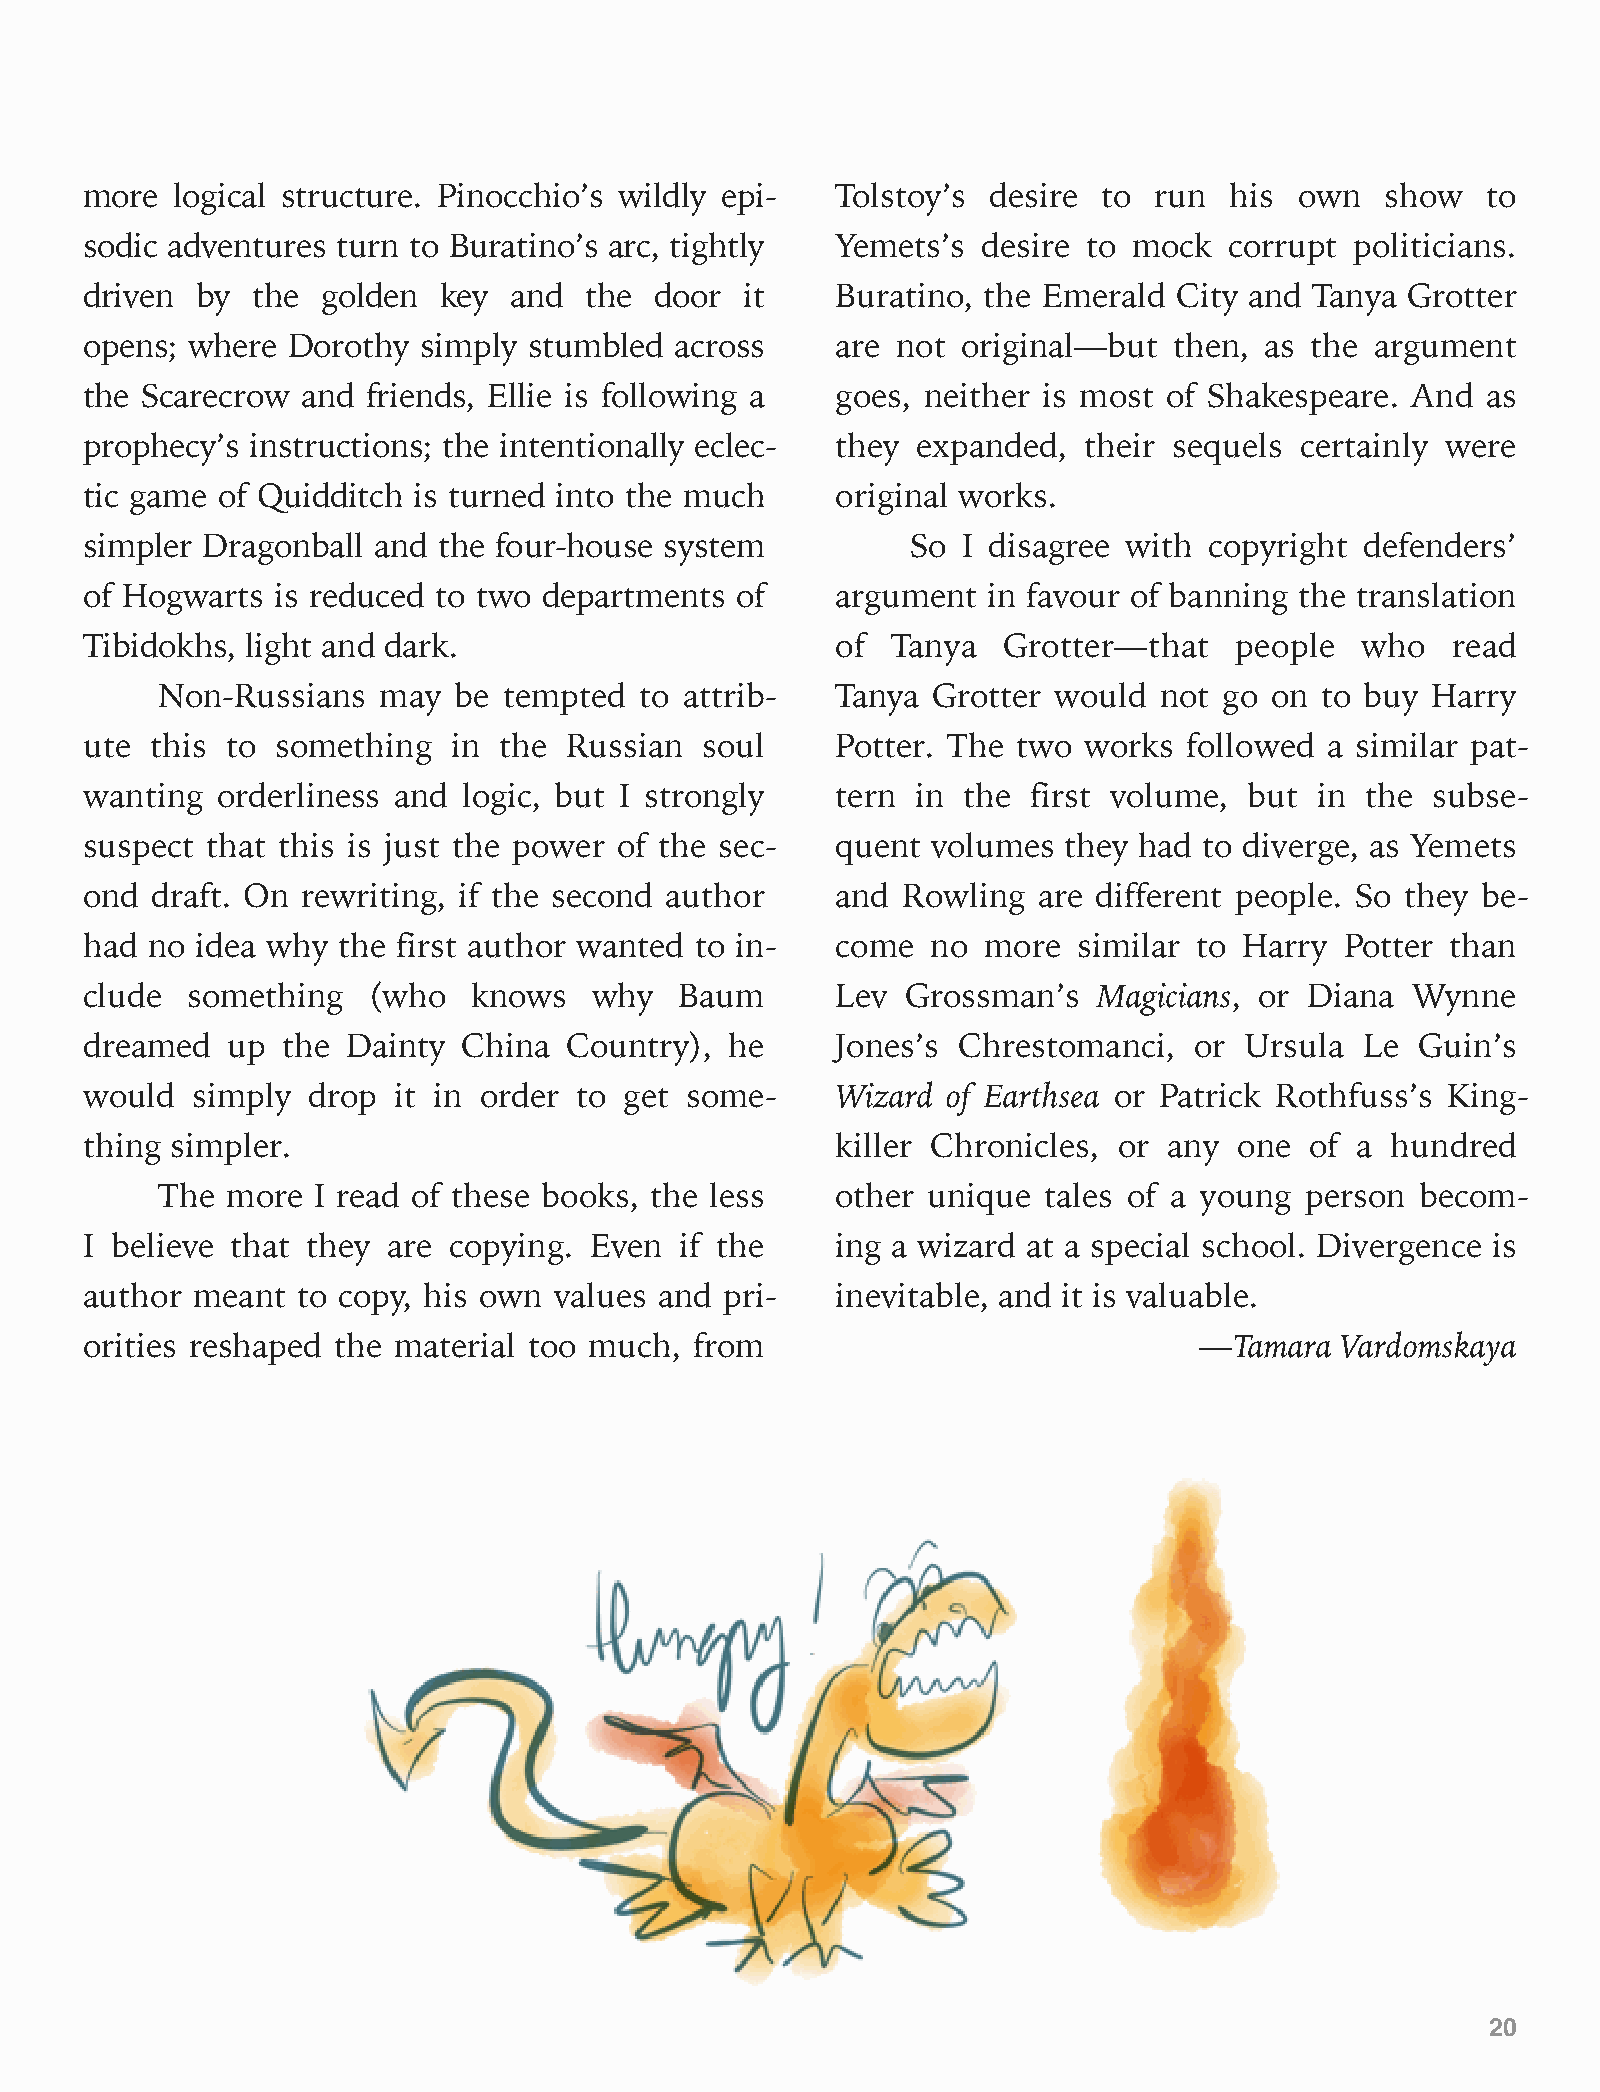
more  logical structure. Pinocchio’s wildly epi- Tolstoy’s desire  to run  his  own   show  to
 sodic adventures turn to Buratino’s arc, tightly Yemets’s  desire to mock  corrupt  politicians.
 driven by  the golden  key  and  the door  it    Buratino, the Emerald  City and Tanya Grotter
 opens; where Dorothy  simply stumbled  across    are not  original—but  then, as the argument
 the Scarecrow and friends, Ellie is following a  goes, neither is most of Shakespeare. And  as
 prophecy’s instructions; the intentionally eclec- they expanded,  their sequels certainly were
 tic game of Quidditch is turned into the much    original works.
 simpler Dragonball and the four-house system          So  I disagree with copyright defenders’
 of Hogwarts is reduced to two departments  of    argument  in favour of banning the translation
 Tibidokhs, light and dark.                       of  Tanya  Grotter—that    people  who   read
 Non-Russians   may  be tempted  to attrib-   Tanya  Grotter would  not go on to buy  Harry
 ute this to something   in the  Russian soul     Potter. The two  works  followed a similar pat-
 wanting orderliness and  logic, but I strongly   tern  in the first volume,  but in the  subse-
 suspect that this is just the power of the sec-  quent  volumes  they had to diverge, as Yemets
 ond draft. On rewriting, if the second author    and  Rowling  are different people. So they be-
 had no idea why the first author wanted to in-   come   no more  similar to Harry  Potter than
 clude something   (who   knows   why   Baum      Lev  Grossman’s   Magicians, or Diana  Wynne
 dreamed  up  the Dainty  China  Country), he     Jones’s Chrestomanci,   or Ursula  Le  Guin’s
 would  simply drop  it in order to get some-     Wizard  of Earthsea or Patrick Rothfuss’s King-
 thing simpler.                                   killer Chronicles, or any  one  of a hundred
 The  more  I read of these books, the less   other unique  tales of a young person  becom-
 I believe that they are copying. Even  if the    ing a wizard at a special school. Divergence is
 author meant  to copy, his own values and pri-   inevitable, and it is valuable.
 orities reshaped the material too much, from                             —Tamara   Vardomskaya
 20